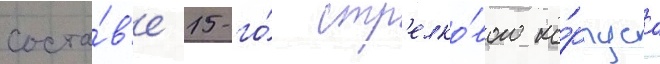
соста́в'е 15-го́ стр'елко́вого ко́рпуса